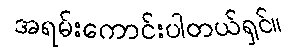
အရမ်းကောင်းပါတယ်ရှင်။